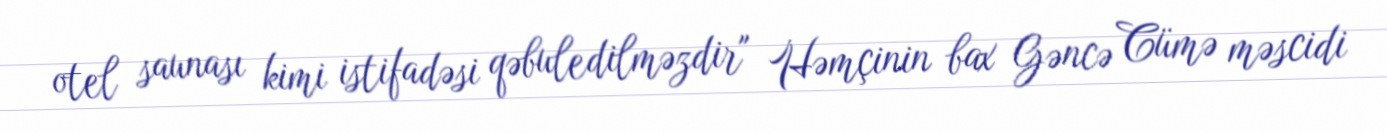
otel saunası kimi istifadəsi qəbuledilməzdir" Həmçinin bax Gəncə Cümə məscidi